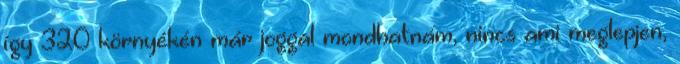
így 320 környékén már joggal mondhatnám, nincs ami meglepjen,